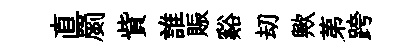
直罽貲誰賑谿刧歟苐跨